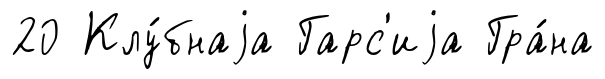
20 Клу́бнаjа Гарс'иjа Гра́на